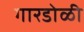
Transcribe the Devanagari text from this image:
गारडोळी